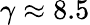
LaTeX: \gamma\approx 8.5